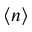
\langle n \rangle